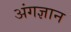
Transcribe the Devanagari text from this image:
अंगज्ञान